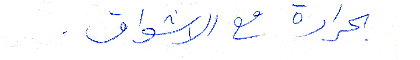
بحرارة مع الاشواق.